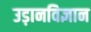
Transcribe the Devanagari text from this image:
उड़ानविज्ञान